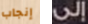
إنجاب إلى